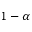
1 - \alpha